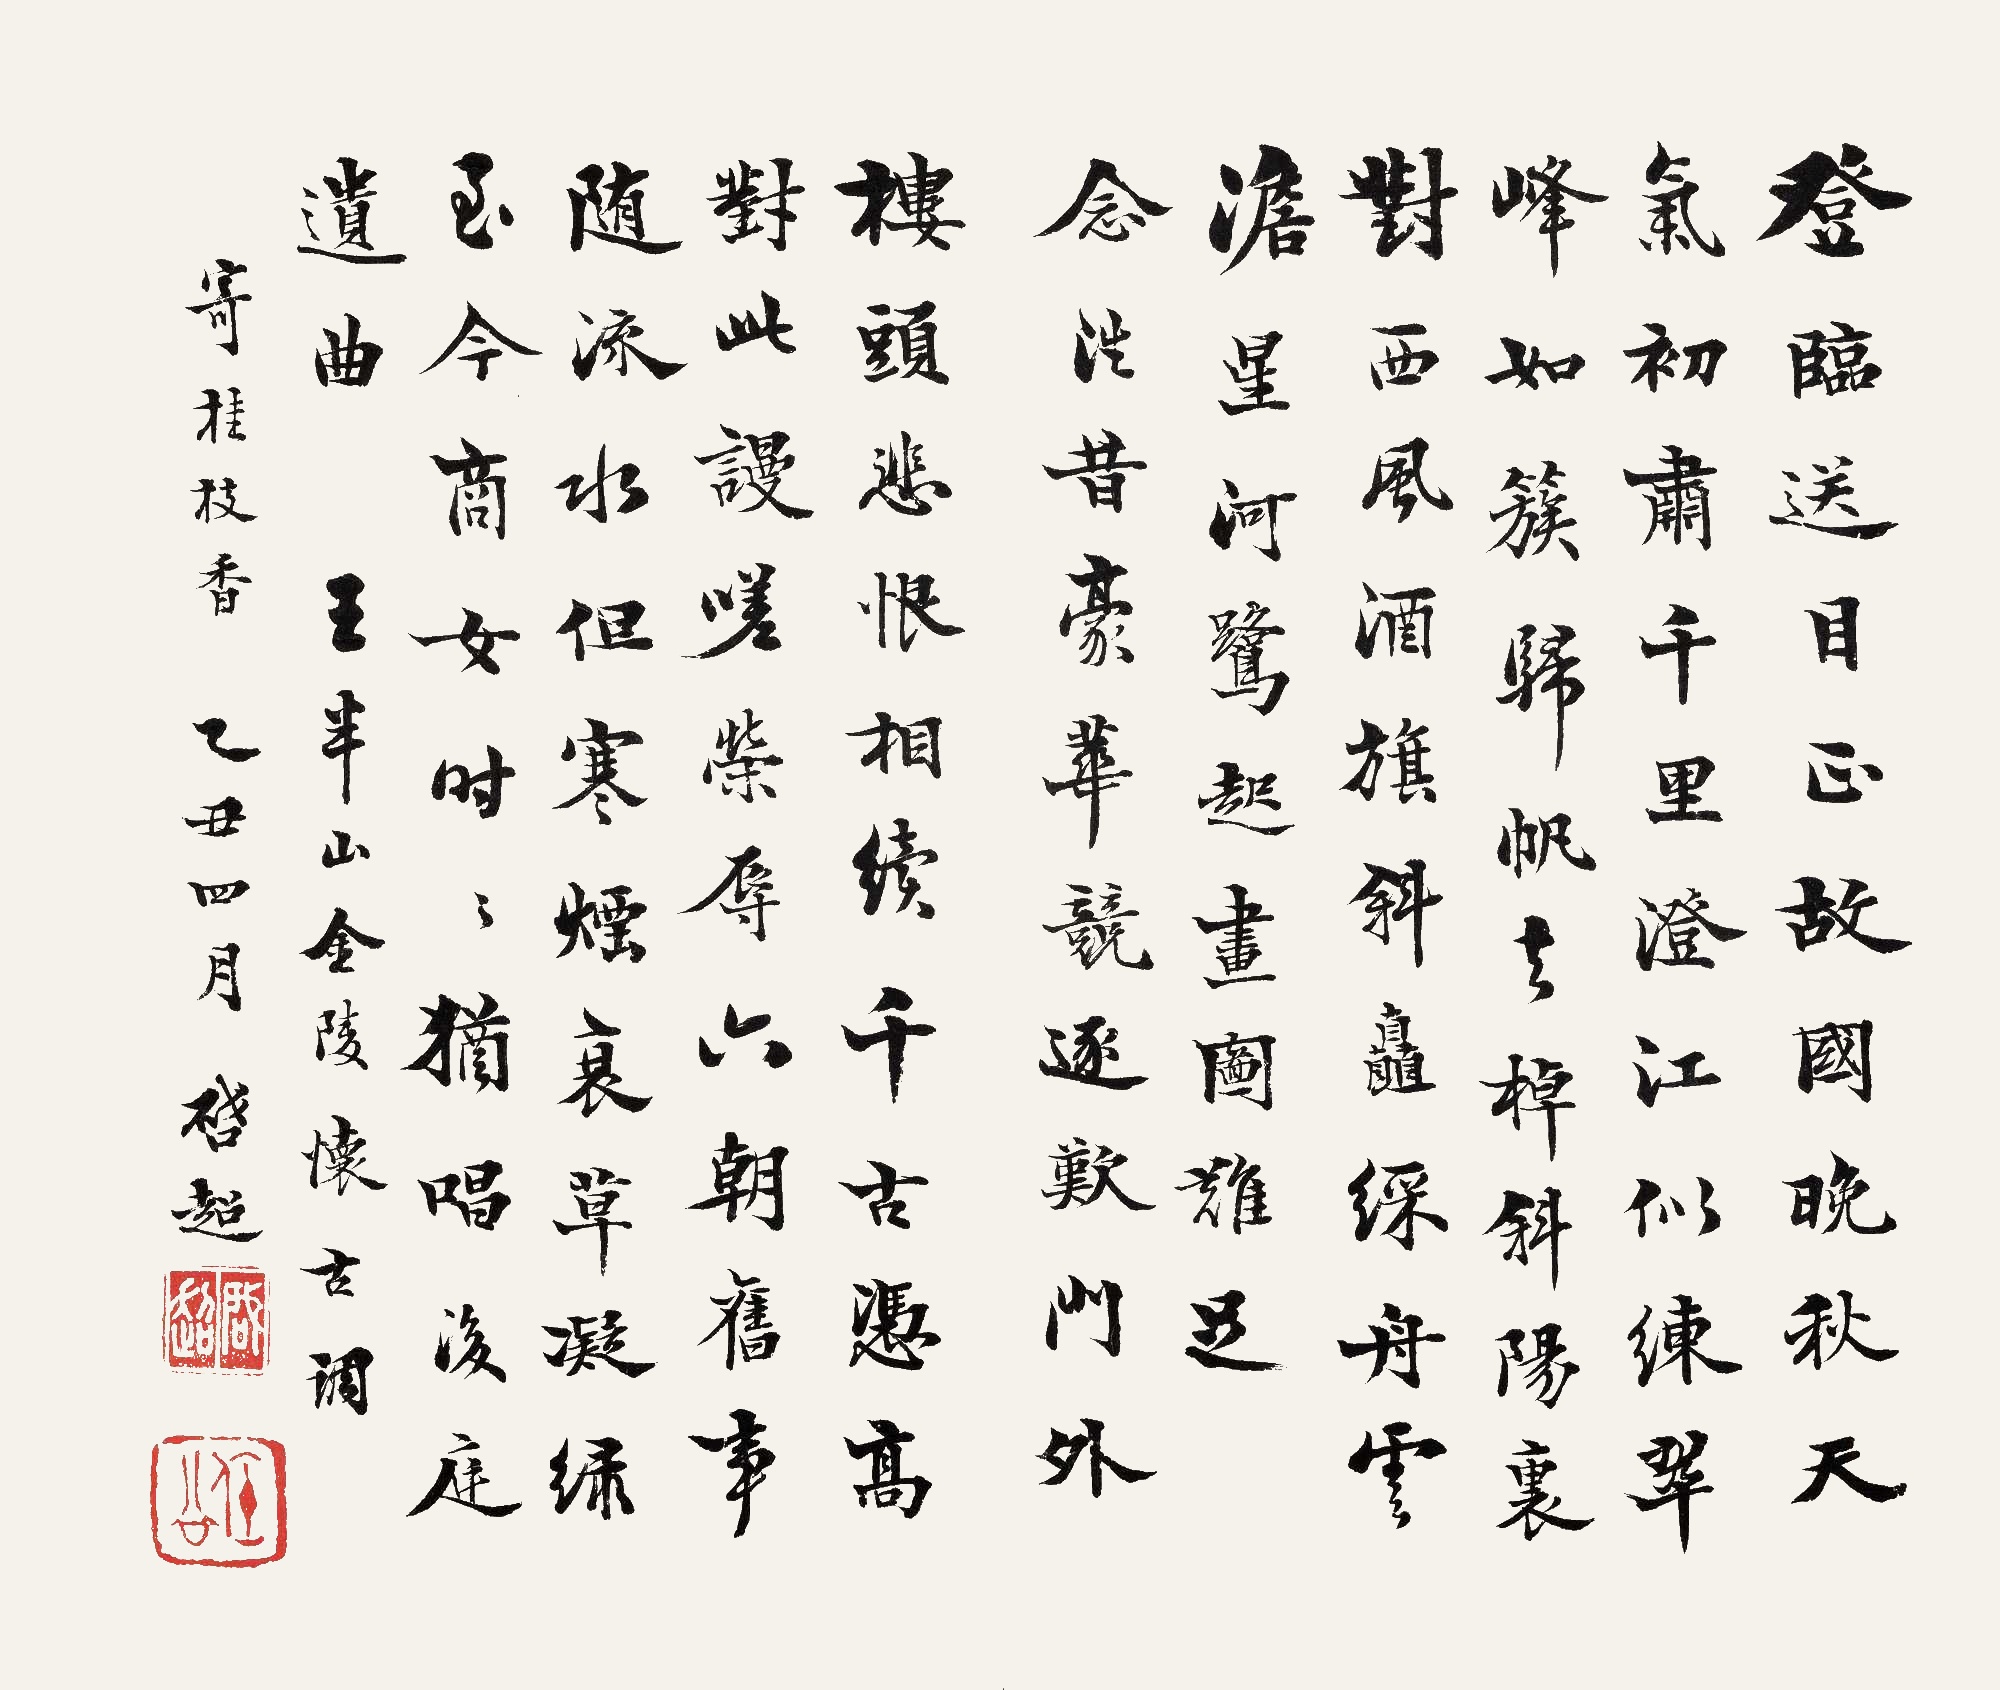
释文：登临送目，正故国晚秋，天气初肃。千里澄江似练，翠峰如簇。归帆去棹残阳里，对西风，酒旗斜矗。彩舟云澹，星河鹭起，画图难足。念往昔，豪华竞逐，叹门外楼头，悲恨相续。千古凭高对此，谩嗟荣辱。六朝旧事随流水，但寒烟衰草凝绿。至今商女，时时犹唱，《后庭》遗曲。王半山金陵怀古调，寄桂枝香。乙丑四月启超。